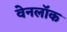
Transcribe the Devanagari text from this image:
वेनलॉक